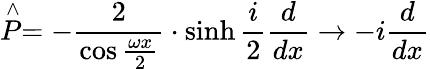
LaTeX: \stackrel{\wedge}{P}=-\frac{2}{\cos\frac{\omega x}{2}}\cdot\sinh\frac{i}{2}\frac{d}{dx}\rightarrow-i\frac{d}{dx}